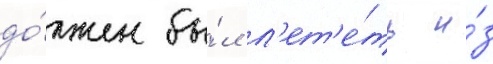
до́лжен бы́л л'ет'е́ть и́з